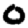
Digit: 0